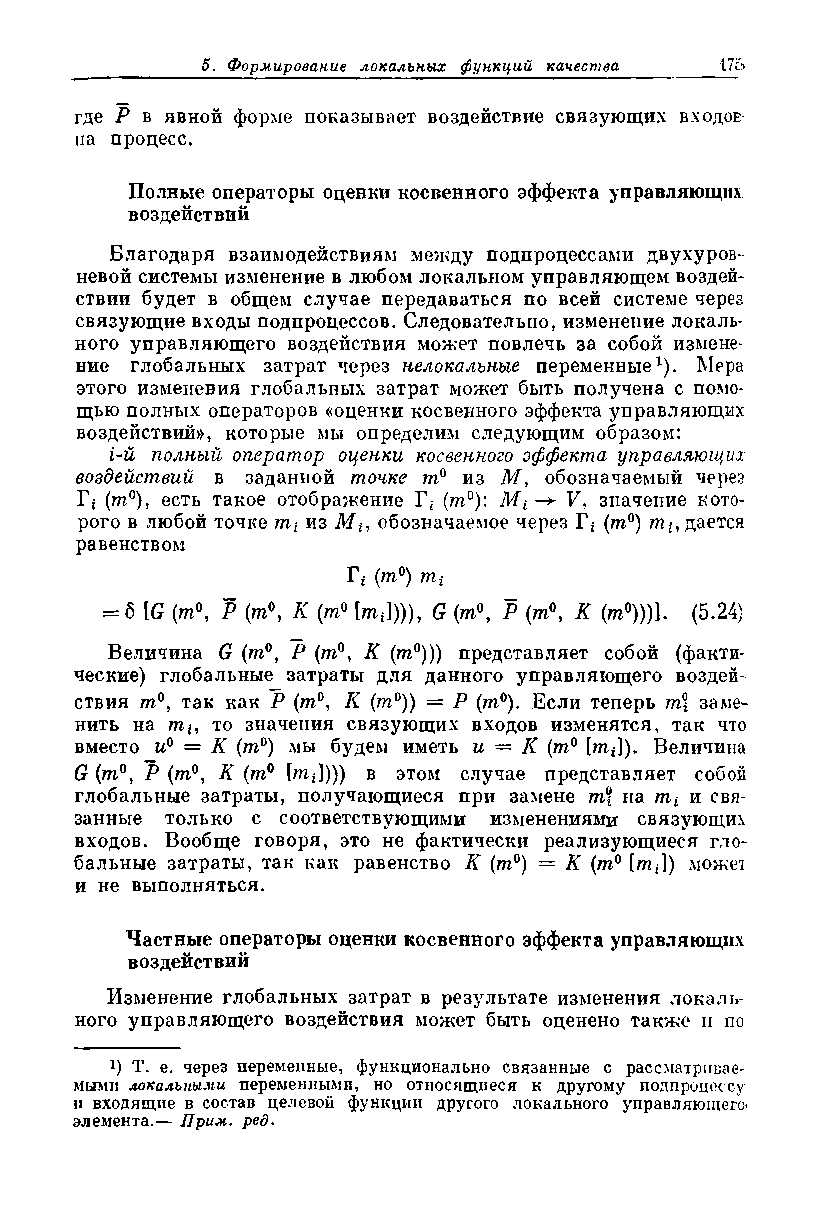
где Р в явной форме показывает воздействие связующих входов-
 па процесс.
 Полные операторы оценки косвенного эффекта управляющих
 воздействий
 Благодаря взаимодействиям между подпроцессами двухуров­
 невой системы изменение в любом локальном управляющем воздей­
 ствии будет в общем случае передаваться по всей системе через
 связующие входы подпроцессов. Следовательно, изменение локаль­
 ного управляющего воздействия может повлечь за собой измене­
 ние глобальных затрат через нелокальные переменные1). Мера
 этого изменения глобальных затрат может быть получена с помо­
 щью полных операторов «оценки косвенного эффекта управляющих
 воздействий», которые мы определим следующим образом:
 i-й полный оператор оценки косвенного эффекта управляющих
 воздействий в заданной точке пг° из М, обозначаемый через
 (пг°), есть такое отображение Г* (пг°): Мь F, значение кото­
 рого в любой точке тг из Ми обозначаемое через Г* (т°) mt, дается
 равенством
 Г* (пг°) тх
 — б [G (пг°, Р (пг°, К (т° [яг*]))), G (иг0, Р (иг0, К (иг0)))]. (5.24)
 Величина G (иг0, Р (иг0, К (иг0))) представляет собой (факти­
 ческие) глобальные затраты для данного управляющего воздей­
 ствия иг0, так как Р (иг0, К (иг0)) = Р (иг0). Если теперь т\ заме­
 нить на иг*, то значения связующих входов изменятся, так что
 вместо и0 = К (иг0) мы будем иметь и — К (нг° [иг*]). Величина
 G (иг0, Р (иг0, К (иг0 [иг*]))) в этом случае представляет собой
 глобальные затраты, получающиеся при замене иг? на иг* и свя­
 занные только с соответствующими изменениями связующих
 входов. Вообще говоря, это не фактически реализующиеся гло­
 бальные затраты, так как равенство К (иг0) = К (иг0 [иг*]) может
 и не выполняться.
 Частные операторы оценки косвенного эффекта управляющих
 воздействий
 Изменение глобальных затрат в результате изменения локаль­
 ного управляющего воздействия может быть оценено также и по
 *) Т. е. через переменные, функционально связанные с рассматривае­
 мыми локальными переменными, но относящиеся к другому подпроцессу
 и входящие в состав целевой функции другого локального управляющего*
 элемента.— Прим. ред.